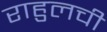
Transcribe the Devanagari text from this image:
राहुलची